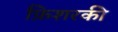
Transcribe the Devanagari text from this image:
फ़िशरकी